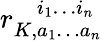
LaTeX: r_{K,a_{1}\ldots a_{n}}^{\phantom{K,}i_{1}\ldots i_{n}}